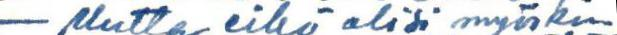
- Mutta eikö olisi myöskin